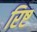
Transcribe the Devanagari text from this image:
रिष्ट